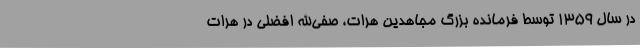
در سال 1359 توسط فرمانده بزرگ مجاهدین هرات، صفی‌الله افضلی در هرات